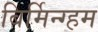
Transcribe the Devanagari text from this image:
बिर्मिन्ग्हम